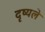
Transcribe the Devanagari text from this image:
दृष्यले